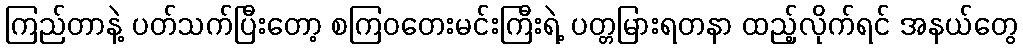
ကြည်တာနဲ့ ပတ်သက်ပြီးတော့ စကြဝတေးမင်းကြီးရဲ့ ပတ္တမြားရတနာ ထည့်လိုက်ရင် အနယ်တွေ